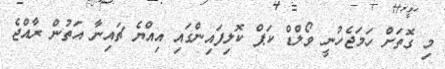
މި ގޮތަށް ހަމަޖެހުނީ ވޯލްޑް ކަޕް ކޮލިފައިންގައި އިއްޔެ ޗައިނާ އަތުން ރާއްޖެ